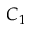
C _ { 1 }